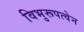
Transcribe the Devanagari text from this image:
विभुरूपत्वेन